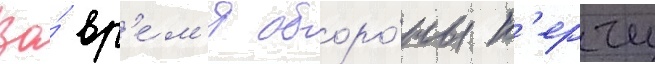
Во́ вр'е́м'я оборо́ны к'ерчи